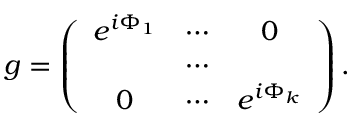
g = \left( \begin{array} { c c c } { { e ^ { i \Phi _ { 1 } } } } & { { \cdots } } & { { 0 } } \\ { { } } & { { \cdots } } & { { } } \\ { { 0 } } & { { \cdots } } & { { e ^ { i \Phi _ { k } } } } \end{array} \right) .